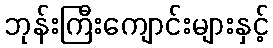
ဘုန်းကြီးကျောင်းများနှင့်